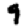
Digit: 9